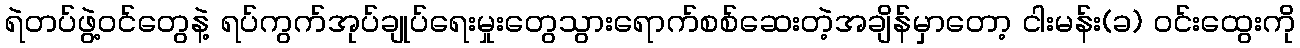
ရဲတပ်ဖွဲ့ဝင်တွေနဲ့ ရပ်ကွက်အုပ်ချုပ်ရေးမှုးတွေသွားရောက်စစ်ဆေးတဲ့အချိန်မှာတော့ ငါးမန်း(ခ) ဝင်းထွေးကို